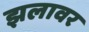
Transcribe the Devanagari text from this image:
झलावर